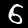
Digit: 6